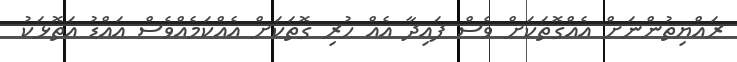
ރައްޔިތުންނަށް އެއްގޮތަކަށް ވެސް ފައިދާ އެއް ހުރި ގޮތަކަށް އެއްކަމެއްވެސް އައްޑު އަތޮޅަކު